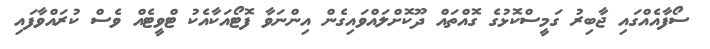
ސޯފާއެއްގައި ޖާބިރު ގަމީސްކޮޅުގެ ގޮއްތައް ދޫކޮށްލައްވައިގެން އިންނަވާ ފޮޓޯއަކާއެކު ޓްވީޓެއް ވެސް ކުރައްވާފައި